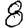
Digit: 8